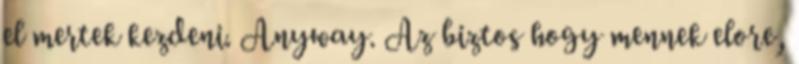
el mertek kezdeni. Anyway. Az biztos hogy mennek elore,